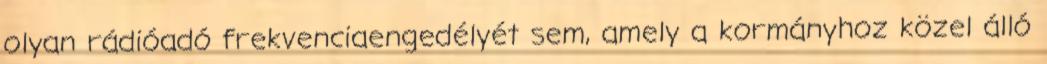
olyan rádióadó frekvenciaengedélyét sem, amely a kormányhoz közel álló